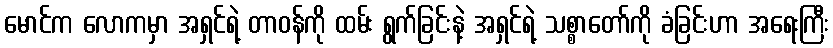
မောင်က လောကမှာ အရှင်ရဲ့ တာဝန်ကို ထမ်း ရွက်ခြင်းနဲ့ အရှင်ရဲ့ သစ္စာတော်ကို ခံခြင်းဟာ အရေးကြီး